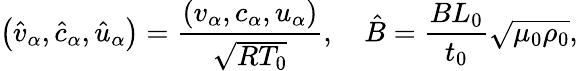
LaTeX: \left({{{\hat{v}}_{\alpha}},{{\hat{c}}_{\alpha}},{{\hat{u}}_{\alpha}}}\right)=\frac{{\left({{v_{\alpha}},{c_{\alpha}},{u_{\alpha}}}\right)}}{{{\sqrt{R{T_{0}}}}}},\quad\hat{B}=\frac{{B{L_{0}}}}{{{t_{0}}}}\sqrt{{\mu_{0}}{\rho_{0}}},